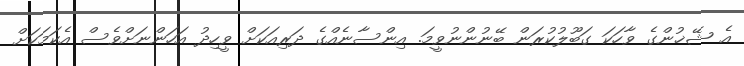
އެ ޝޭޚުންގެ ވާހަކަ ގަބޫލުކުރަން ބޭނުންނުވީމަ. އިންސާނެއްގެ ދަރިއަކަށް ވީހިދު އަހަންނަށްވެސް އެކަމަކަށް